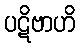
ပဋိဗာဟိ